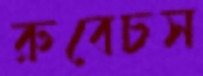
রুবেচস